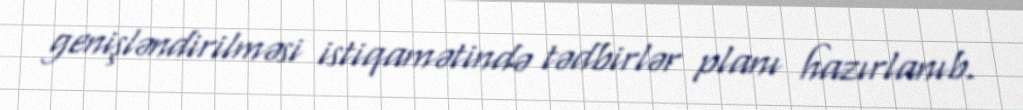
genişləndirilməsi istiqamətində tədbirlər planı hazırlanıb.